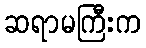
ဆရာမကြီးက